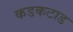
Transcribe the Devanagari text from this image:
कडकटाड